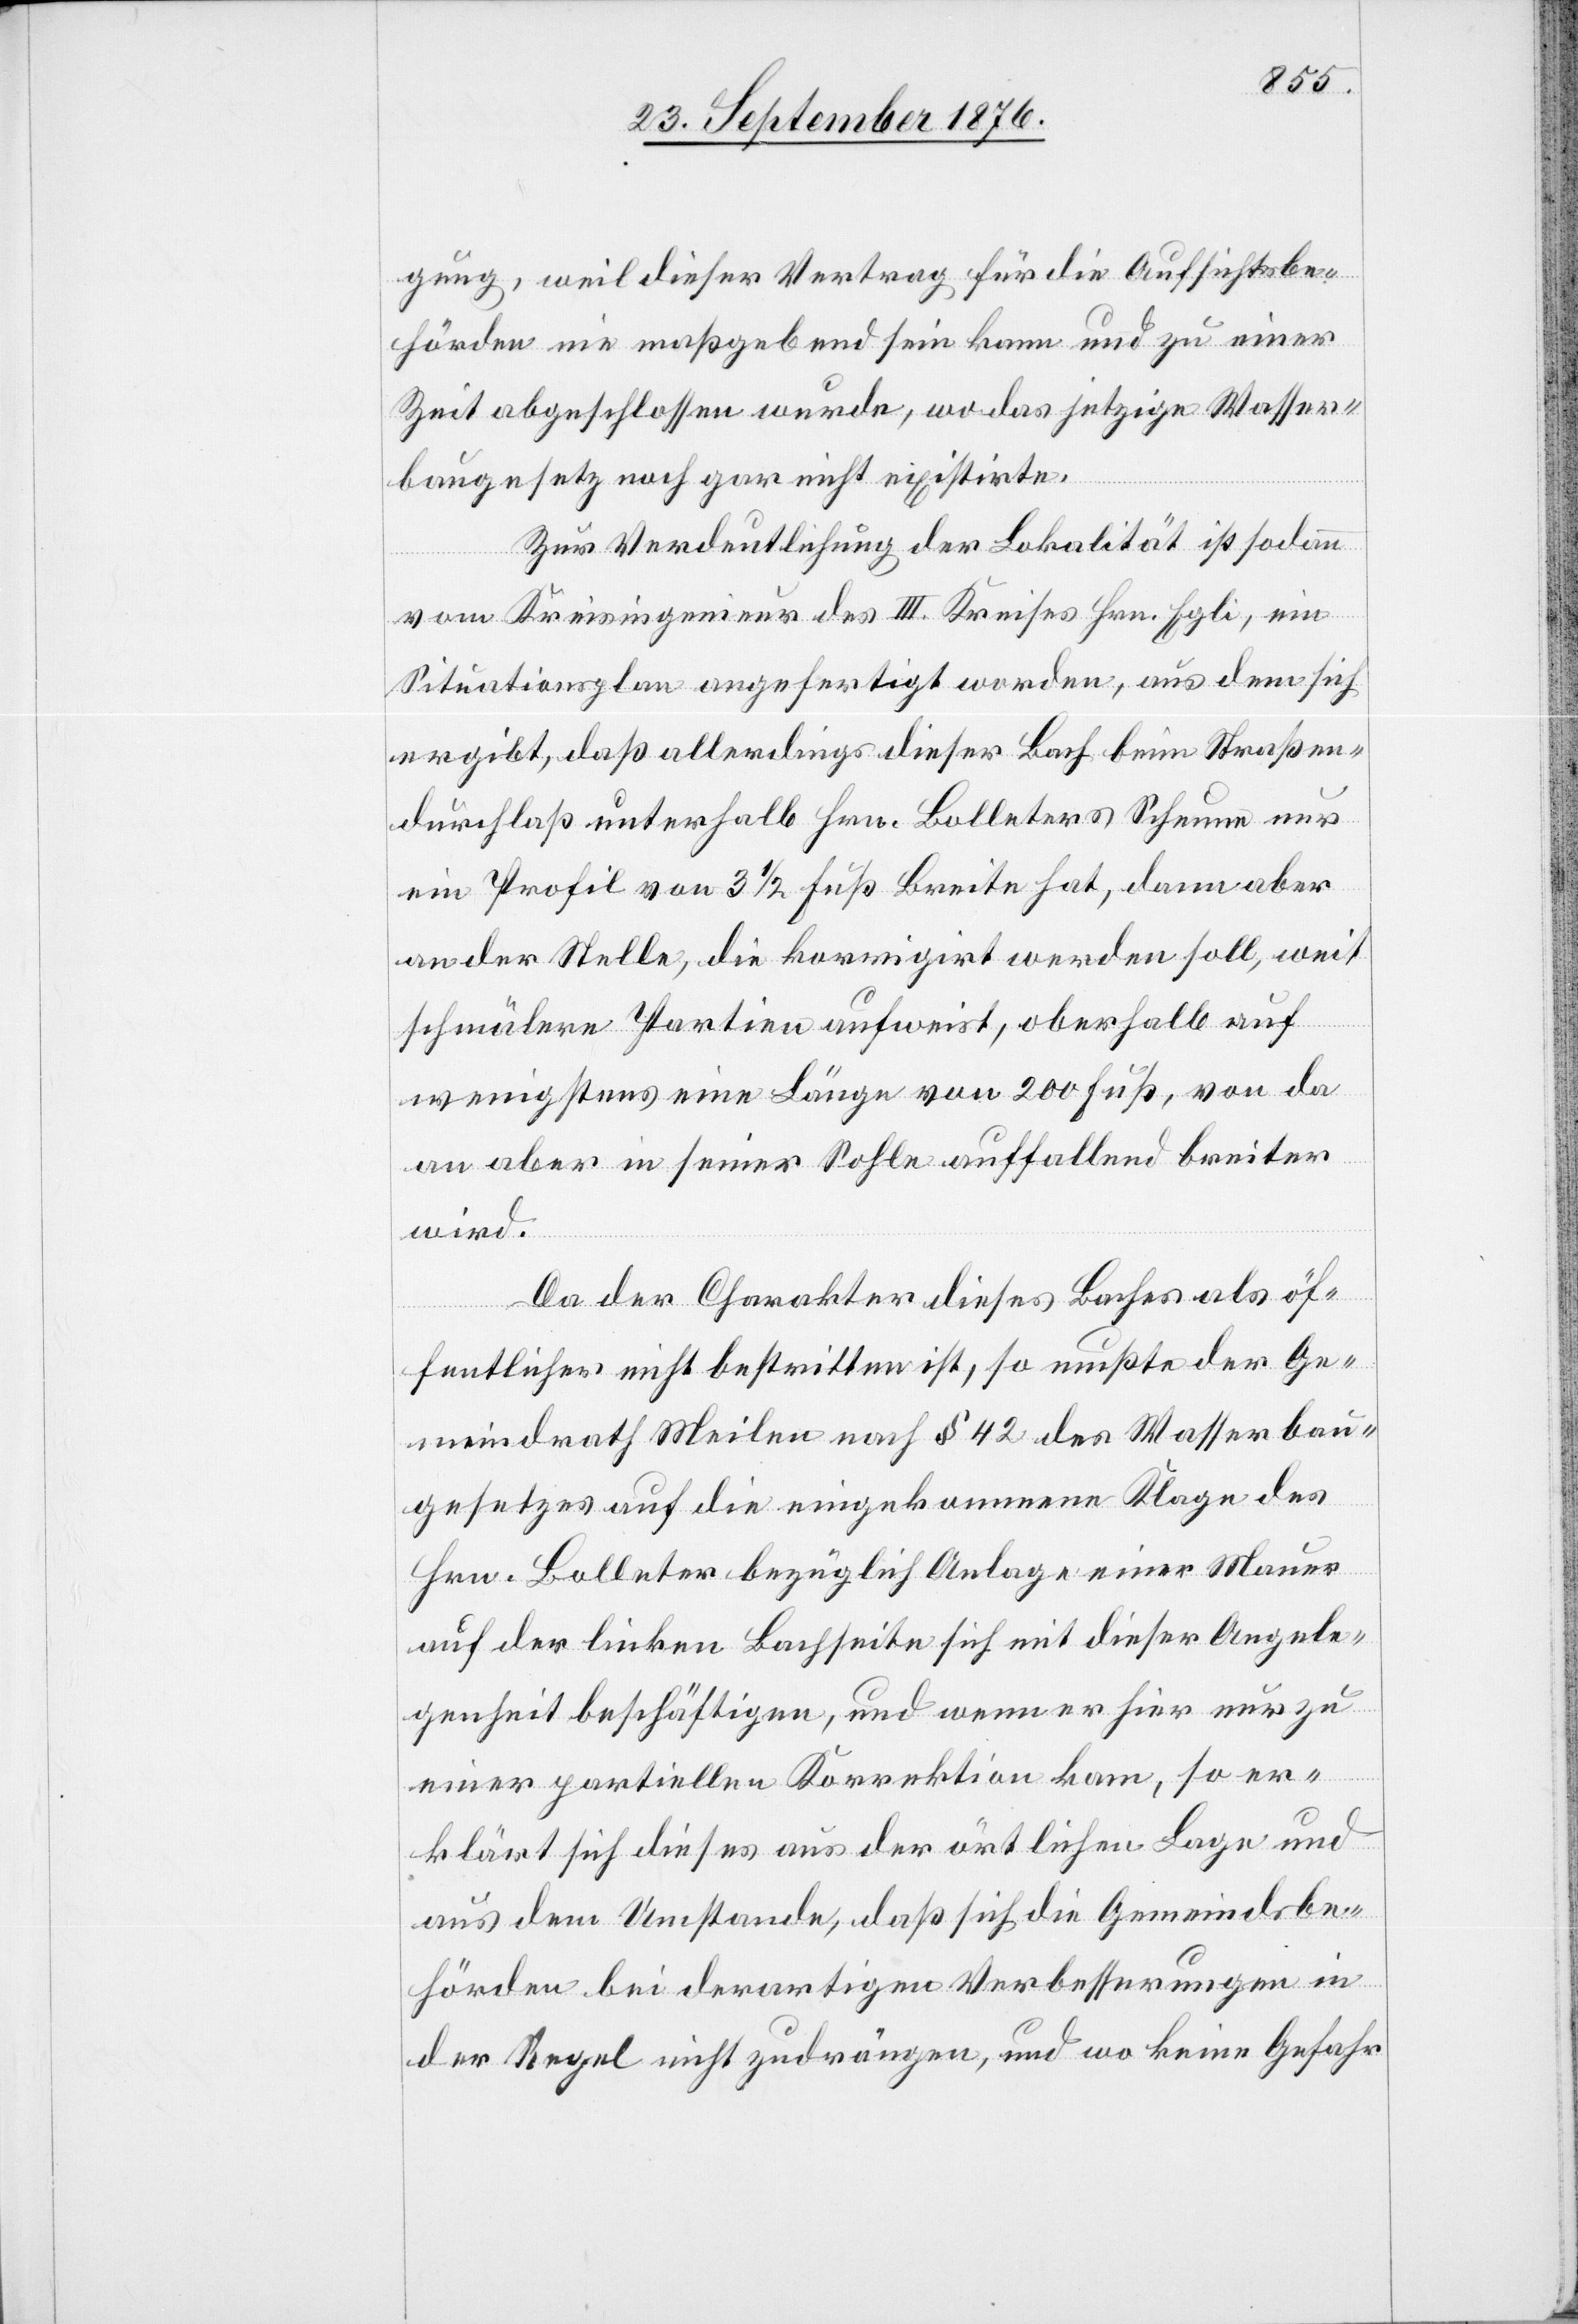
gung, weil dieser Vertrag für die Aufsichtsbe¬
hörden nie maßgebend sein kann und zu einer
Zeit abgeschlossen wurde, wo das jetzige Wasser¬
baugesetz noch gar nicht existirte.
Zur Verdeutlichung der Lokalität ist sodann
vom Kreisingenieur des III. Kreises Hrn. Egli, ein
Situationsplan angefertigt worden, aus dem sich
ergibt, daß allerdings dieser Bach beim Straßen¬
durchlaß unterhalb Hrn. Bolleters Scheune nur
ein Profil von 3 1/2 Fuß Breite hat, dann aber
an der Stelle, die korrigirt werden soll, weit
schmälere Partien aufweist, oberhalb auf
wenigstens eine Länge von 200 Fuß, von da
an aber in seiner Sohle auffallend breiter
wird.
Da der Charakter dieses Baches als öf¬
fentlicher nicht bestritten ist, so mußte der Ge¬
meindrath Meilen nach § 42 des Wasserbau¬
gesetzes auf die eingekommene Klage des
Hrn. Bolleter bezüglich Ablage einer Mauer
auf der Linien Bachseite sich mit dieser Angele¬
genheit beschäftigen, und wenn er hier nur zu
einer partiellen Korrektion kam, so er¬
klärt sich dieses aus der örtlichen Lage und
aus dem Umstande, daß sich die Gemeindsbe¬
hörden bei derartigen Verbesserungen in
der Regel nicht zu drängen, und wo keine Gefahr